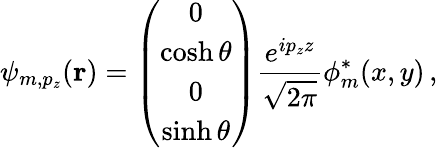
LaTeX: \psi_{m,p_{z}}({\mathbf r})=\left(\begin{array}{c}{{0}}\\ {{\cosh\theta}}\\ {{0}}\\ {{\sinh\theta}}\end{array}\right){\frac{e^{ip_{z}z}}{\sqrt{2\pi}}}{\phi_{m}^{*}}({x,y})\, ,